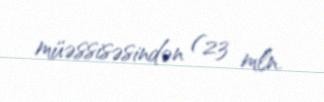
müəssisəsindən (23 mln.